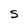
Character: S